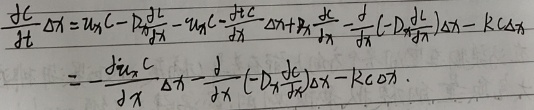
\[
\begin{align*}
\frac{\partial c}{\partial t}\Delta x&=u_x c - D\frac{\partial c}{\partial x}-u_x c-\frac{\partial (u_x c)}{\partial x}\Delta x + D\frac{\partial c}{\partial x}+\frac{\partial}{\partial x}\left(-D\frac{\partial c}{\partial x}\right)\Delta x - Rc\Delta x\\
&=-\frac{\partial (u_x c)}{\partial x}\Delta x-\frac{\partial}{\partial x}\left(-D\frac{\partial c}{\partial x}\right)\Delta x - Rc\Delta x
\end{align*}
\]